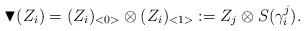
LaTeX: \begin{align*}\blacktriangledown (Z_i)= (Z_i )_{<0 >} \otimes (Z_i) _{<1 >} := Z_j \otimes S(\gamma_i^j ).\end{align*}